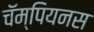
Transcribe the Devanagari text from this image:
चॅम्पियनस